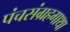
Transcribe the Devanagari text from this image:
पंचसंग्रहगाथा